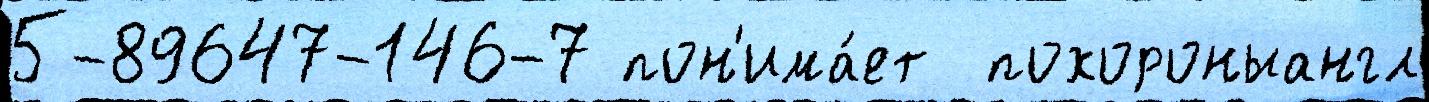
5-89647-146-7 пон'има́ет  похороныангл